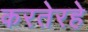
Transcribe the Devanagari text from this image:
करतेरहे